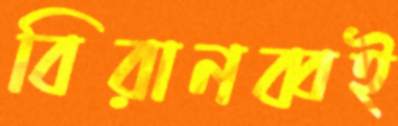
বিরানব্বই